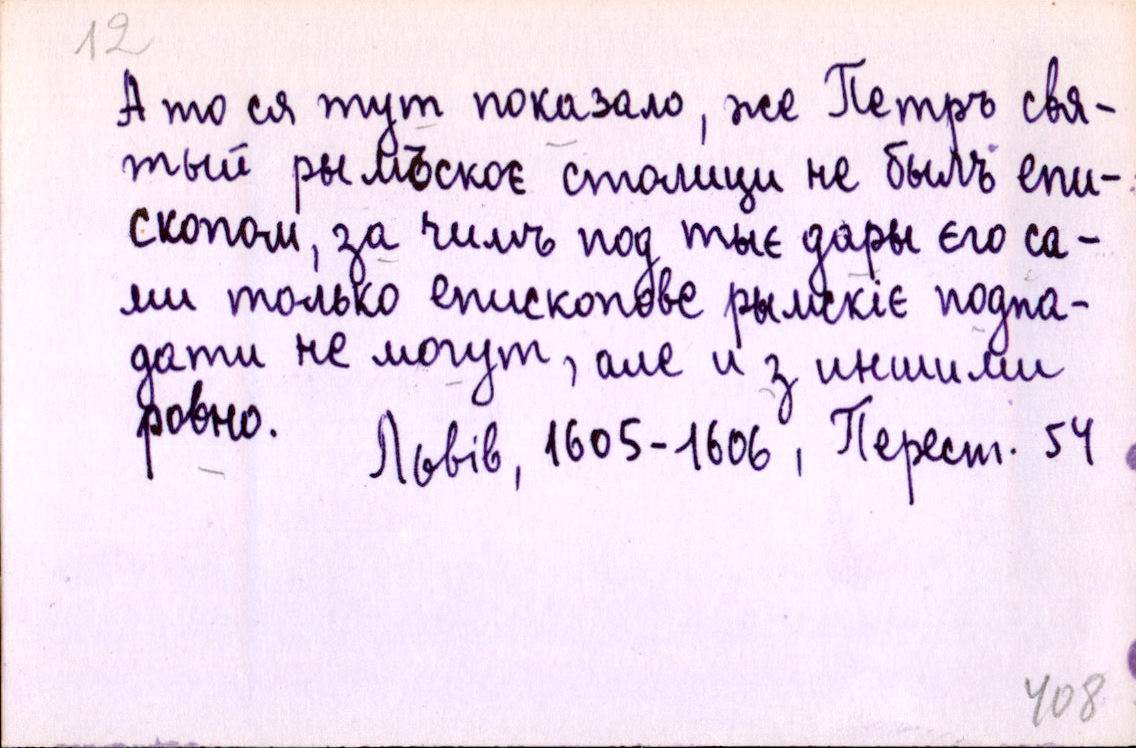
А то ся тут показало, же Петръ свя-
тый рымъскоє столици не былъ епи-
скопом, за чимъ под тыє дары єго са-
ми только епископове рымскіє подпа-
дати не могут, але и з иншими
ровно.
Львів, 1605-1606, Перест. 54